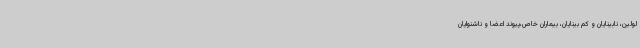
لولین، نابینایان و کم بینایان، بیماران خاص،پیوند اعضا و ناشنوایان